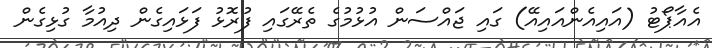
އެއާޕޯޓު (އައިއެންއައިއޭ) ގައި ޖައްސަން އުޅުމުގެ ތެރޭގައި ފުރޮޅު ފަޅައިގެން ދިއުމާ ގުޅިގެން